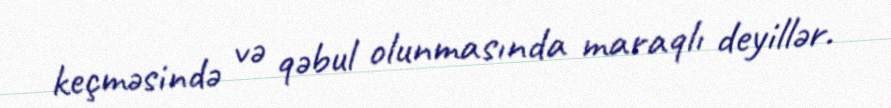
keçməsində və qəbul olunmasında maraqlı deyillər.